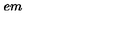
\hspace { 5 e m }